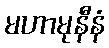
မဟာမုနီနံ